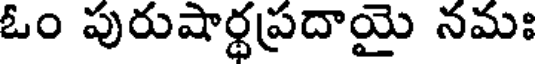
ఓం పురుషార్థప్రదాయై నమః